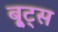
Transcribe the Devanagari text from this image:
बू्ट्स